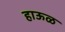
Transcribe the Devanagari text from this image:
हाऊळ